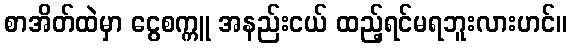
စာအိတ်ထဲမှာ ငွေစက္ကူ အနည်းငယ် ထည့်ရင်မရဘူးလားဟင်။